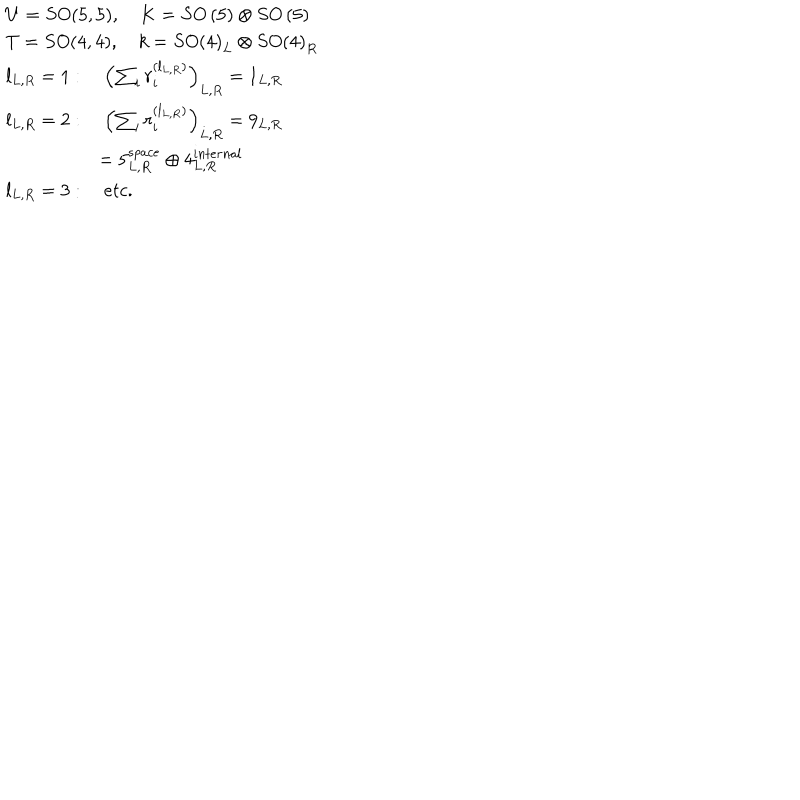
LaTeX: \begin{array} { l } { { U = S O ( 5 , 5 ) , \quad K = S O \left( 5 \right) \otimes S O \left( 5 \right) } } \\ { { T = S O ( 4 , 4 ) , \quad k = S O \left( 4 \right) _ { L } \otimes S O \left( 4 \right) _ { R } } } \\ { { l _ { L , R } = 1 : \quad \left( \sum _ { i } r _ { i } ^ { ( l _ { L , R } ) } \right) _ { L , R } = 1 _ { L , R } } } \\ { { l _ { L , R } = 2 : \quad \left( \sum _ { i } r _ { i } ^ { ( l _ { L , R } ) } \right) _ { L , R } = 9 _ { L , R } } } \\ { { \quad \quad \quad \quad \quad = 5 _ { L , R } ^ { s p a c e } \oplus 4 _ { L , R } ^ { i n t e r n a l } } } \\ { { l _ { L , R } = 3 : \quad e t c . } } \\ \end{array}